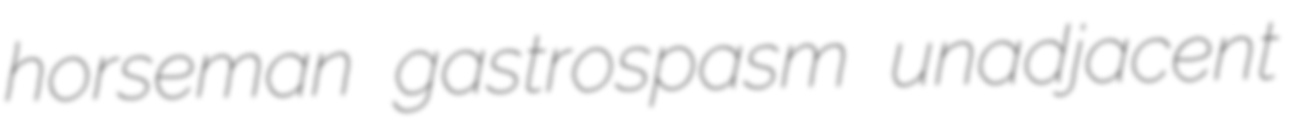
horseman gastrospasm unadjacent